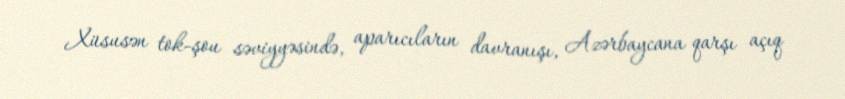
Xüsusən tok-şou səviyyəsində, aparıcıların davranışı, Azərbaycana qarşı açıq